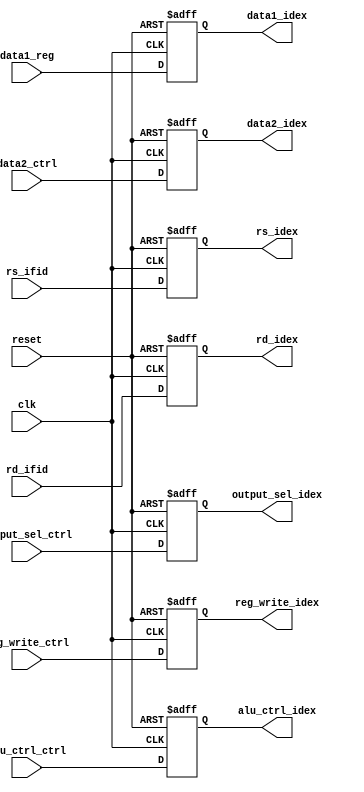
`timescale 1ns / 1ps
//////////////////////////////////////////////////////////////////////////////////
// Company: 
// Engineer: 
// 
// Design Name: 
// Module Name:    IDEX_reg 
// Project Name: 
// Target Devices: 
// Tool versions: 
// Description: 
//
// Dependencies: 
//
// Revision: 
// Revision 0.01 - File Created
// Additional Comments: 
//
//////////////////////////////////////////////////////////////////////////////////
module IDEXreg(
	input reg_write_ctrl,
	input [1:0] alu_ctrl_ctrl,
	input [7:0] data1_reg,
	input [7:0] data2_ctrl,
	input [2:0] rd_ifid,
	input output_sel_ctrl,
	input [2:0] rs_ifid,
	input clk,
	input reset,
	output reg reg_write_idex,
	output reg [1:0] alu_ctrl_idex,
	output reg [7:0] data1_idex,
	output reg [7:0] data2_idex,
	output reg [2:0] rd_idex,
	output reg output_sel_idex,
	output reg [2:0] rs_idex
    );
	 
	always@(posedge clk,negedge reset)
		begin
		if(reset == 0)
			begin
			reg_write_idex = 1'b0;
			alu_ctrl_idex = 2'b0;
			data1_idex = 8'b0;
			data2_idex = 8'b0; 
			rd_idex = 3'b0;
			output_sel_idex = 1'b0;
			rs_idex = 3'b0;
			end
		else begin
			reg_write_idex = reg_write_ctrl;
			alu_ctrl_idex = alu_ctrl_ctrl;
			data1_idex = data1_reg;
			data2_idex = data2_ctrl;
			rd_idex = rd_ifid;
			output_sel_idex = output_sel_ctrl;
			rs_idex = rs_ifid;
		end
		end
endmodule